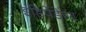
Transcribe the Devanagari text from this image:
इंडिपेंडेण्ट